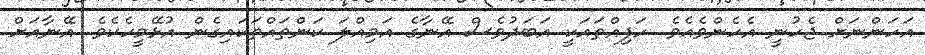
އަހަންނަށް ޖެހުނީ އެހެންވެއެވެ. ހަފިއްތައަކީ އަބަދުވެސް އޭނާގެ އަމިއްލަ ކަންތައްތަކައިގެން އުޅޭމީހެކެވެ. އޭނާއަށް